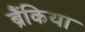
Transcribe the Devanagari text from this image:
ब्रैंकिया